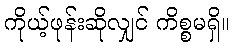
ကိုယ့်ဖုန်းဆိုလျှင် ကိစ္စမရှိ။